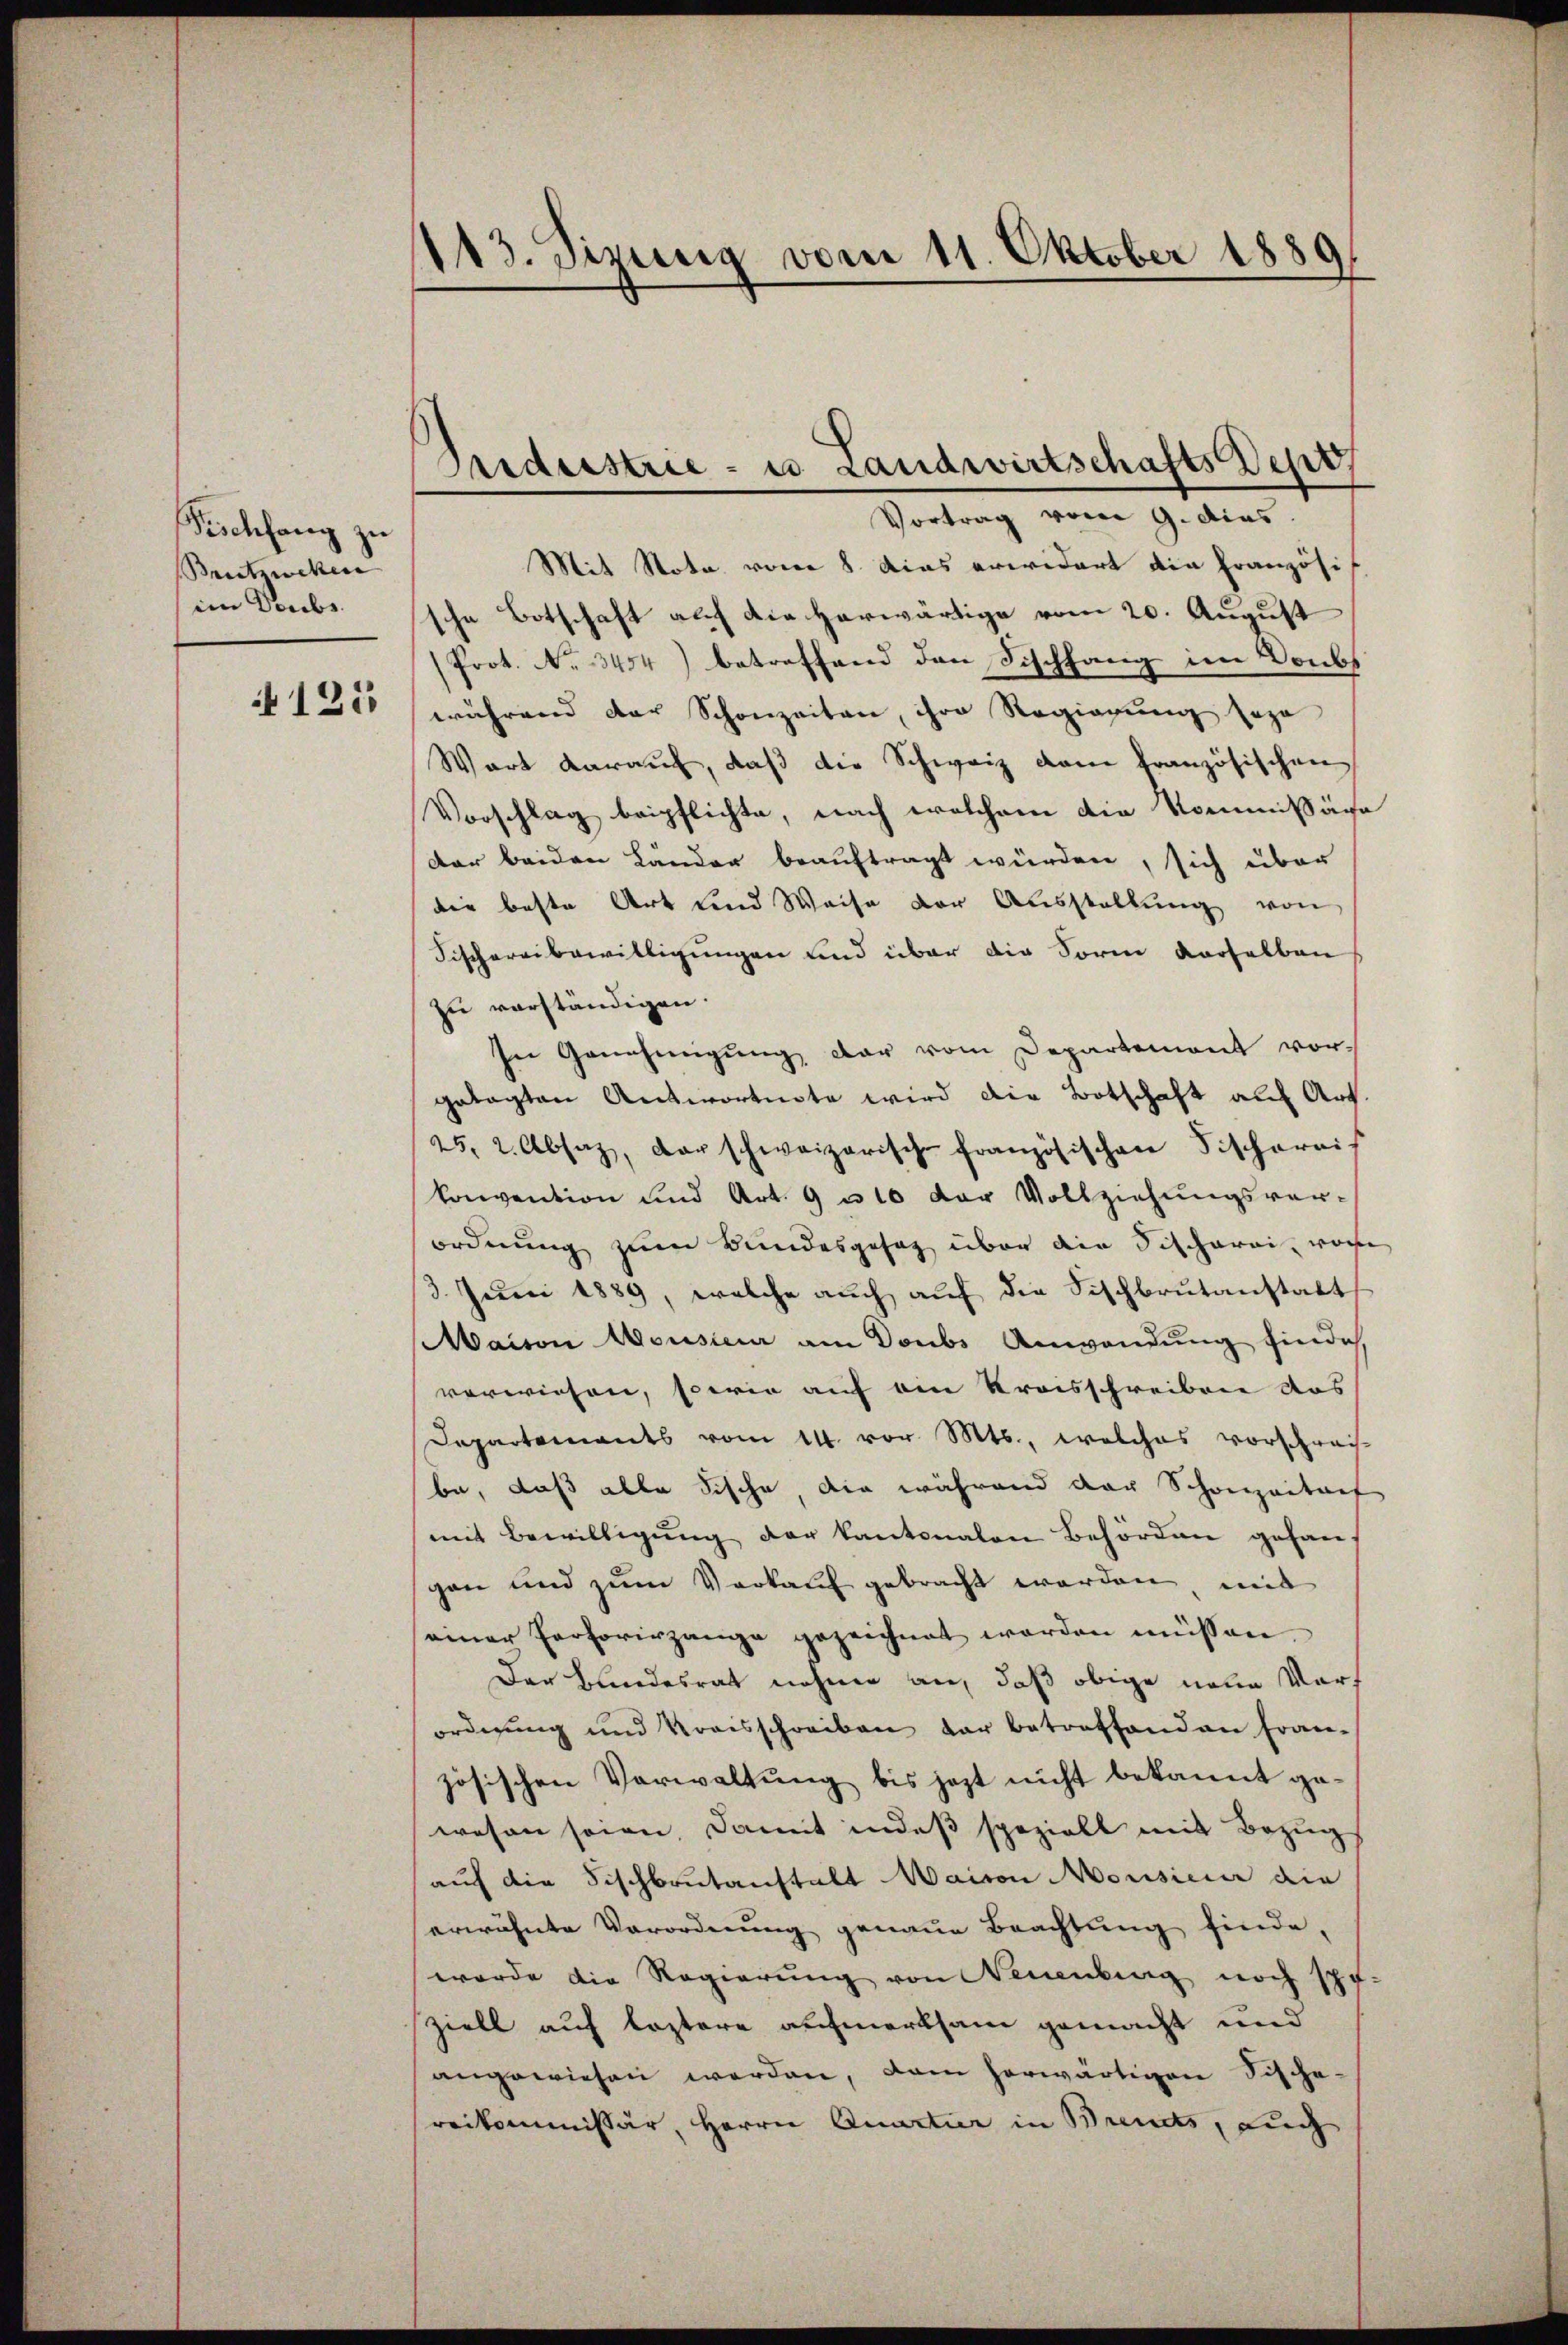
Pischfang zu
Brutzwehen
im Saube.
125

113. Sizung vom 11. Oktober 1889

Gredeestrie - es Landwirtschafts Depo
Vortrag vom 9. dies

Mit Nota vom 8. Das erwidert die Französis
sche Botschaft auch die herwärtige vom 20. August
(Prot. No 3454) betreffend den Fischfang im Donbs
während der Schonzeiten, ihre Regierung soga
Wart darauf, daß die Schweiz dem französischen
Vorschlag beipflichte, nach welchem die Kommißäre
Dar beiden Länder beauftragt würden, sich über
die beste Art und Weise der Ausstellung von
Fischereibewilligungen und über die Form derselben
zu verständigen.
In Genehmigung dar vom Departement vor-
gelegten Antwortuote wird die Botschaft auf Art.
25, 2. Absaz, der schweizerische französischen Fischereis
konvention und Art. 9 u 10 der Vollziehungsver-
ordnung zum Bundesgesag über die Fischerei, woge
13. Juni 1889, welche auch auf die Fischbrŭtanstatt
Maison Mousica am Doubs Anwendung findes,
verwiesen, sowie auf ein Kreisschreiben das
Departements vom 14. vor. Mts., welches vorschrei-
be, daß alle Fische, die während der Schonzaitaef
mit Bewilligung der Kantonalen Behörden gehan-
gen und zum Vorkauf gebracht worden, mit
seiner Persorirgange gezeichnet werden müssen.
Der Blindesrat nehme an, daß obige neue Vorf
ordnung und Kreisschreiben der betreffenden Fran-
zösischen Verwaltung bis jezt nicht bekannt gewesen seien, damit indeß speziell mit Bezug
auf die Fischbrŭtanstalt Waisen Mousieur die
erwähnte Verordnung genaue Beachtung finde.
wurde die Regierung von Neuenburg noch schr
ziell auf leztere aufmerksam gemacht und
angewiesen werden, dem herwärtigen Fische-
reikommissär, Herrn Quartier in Brends, auch